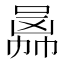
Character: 𠚙